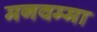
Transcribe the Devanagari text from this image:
मनवम्मा